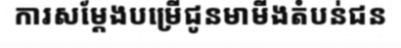
ការសម្តែងបម្រើជូនមាមីងតំបន់ជន